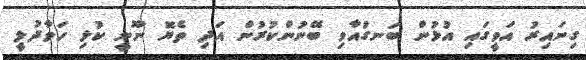
ގިނައިރު އަވީގައި އުޅުން ބަނގުއާވި ބޭނުންކުރުން އަދި ތެޔޮ ނޫނީ ކުޅި ހަވާދުލީ